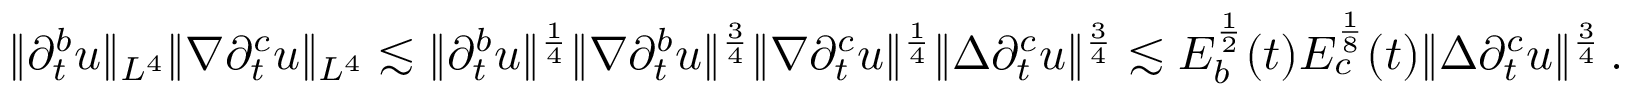
\begin{array} { r } { \| \partial _ { t } ^ { b } u \| _ { L ^ { 4 } } \| \nabla \partial _ { t } ^ { c } u \| _ { L ^ { 4 } } \lesssim \| \partial _ { t } ^ { b } u \| ^ { \frac { 1 } { 4 } } \| \nabla \partial _ { t } ^ { b } u \| ^ { \frac { 3 } { 4 } } \| \nabla \partial _ { t } ^ { c } u \| ^ { \frac { 1 } { 4 } } \| \Delta \partial _ { t } ^ { c } u \| ^ { \frac { 3 } { 4 } } \lesssim E _ { b } ^ { \frac { 1 } { 2 } } ( t ) E _ { c } ^ { \frac { 1 } { 8 } } ( t ) \| \Delta \partial _ { t } ^ { c } u \| ^ { \frac { 3 } { 4 } } \, . } \end{array}